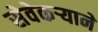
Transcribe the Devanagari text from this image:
सेवेकऱ्याने